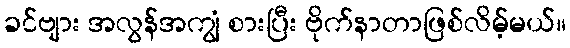
ခင်ဗျား အလွန်အကျွံ စားပြီး ဗိုက်နာတာဖြစ်လိမ့်မယ်။